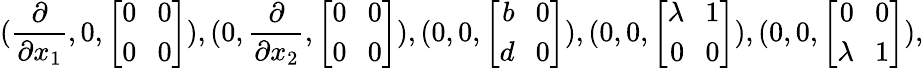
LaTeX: (\frac{\partial}{\partial x_{1}},0,\left[\begin{array}{r}{0\ \ \ 0}\\ {0\ \ \ 0}\end{array}\right]),(0,\frac{\partial}{\partial x_{2}},\left[\begin{array}{r}{0\ \ \ 0}\\ {0\ \ \ 0}\end{array}\right]),(0,0,\left[\begin{array}{r}{b\ \ \ 0}\\ {d\ \ \ 0}\end{array}\right]),(0,0,\left[\begin{array}{r}{\lambda\ \ \ 1}\\ {0\ \ \ 0}\end{array}\right]),(0,0,\left[\begin{array}{r}{0\ \ \ 0}\\ {\lambda\ \ \ 1}\end{array}\right]),